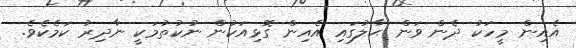
އެއިން މީހަކު ދެން ވަން ޙާލުގައި އެއިން ގޮޅިއަކުން ނުކުތުމަކީ ނާދިރު ކަމެކެވެ.